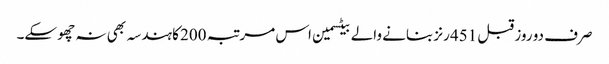
صرف دو روز قبل 451 رنز بنانے والے بیٹسمین اس مرتبہ 200 کا ہندسہ بھی نہ چھو سکے۔